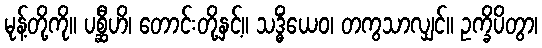
မုန့်တို့ကို။ ပစ္ဆီဟိ၊ တောင်းတို့နှင့်။ သဒ္ဓိံယေဝ၊ တကွသာလျှင်။ ဥက္ခိပိတွာ၊